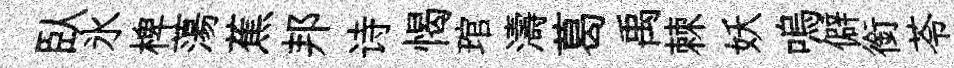
臥氷椑蕩蕉邦诗愒琯濤葛禹棘妖嗚僻銜苓